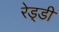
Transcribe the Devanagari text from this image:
रेड्‌डी